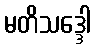
မတိသဒ္ဒေါ